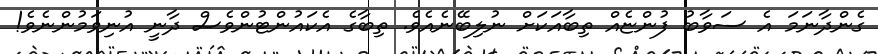
ގެންދާނަމަ އެ ސަވާބު ފުންޏެއް ތިބާއަކަށް ނުލިބޭނެއެވެ. ތިބާގެ އެކައުންޓުންވެސް ދާނީ އުނިވަމުންނެވެ!